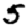
Digit: 5